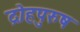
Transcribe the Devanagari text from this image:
द्रोहपुरुष